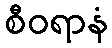
စီဝရာနံ